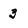
Character: 3